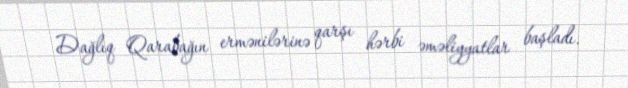
Dağlıq Qarabağın ermənilərinə qarşı hərbi əməliyyatlar başladı.